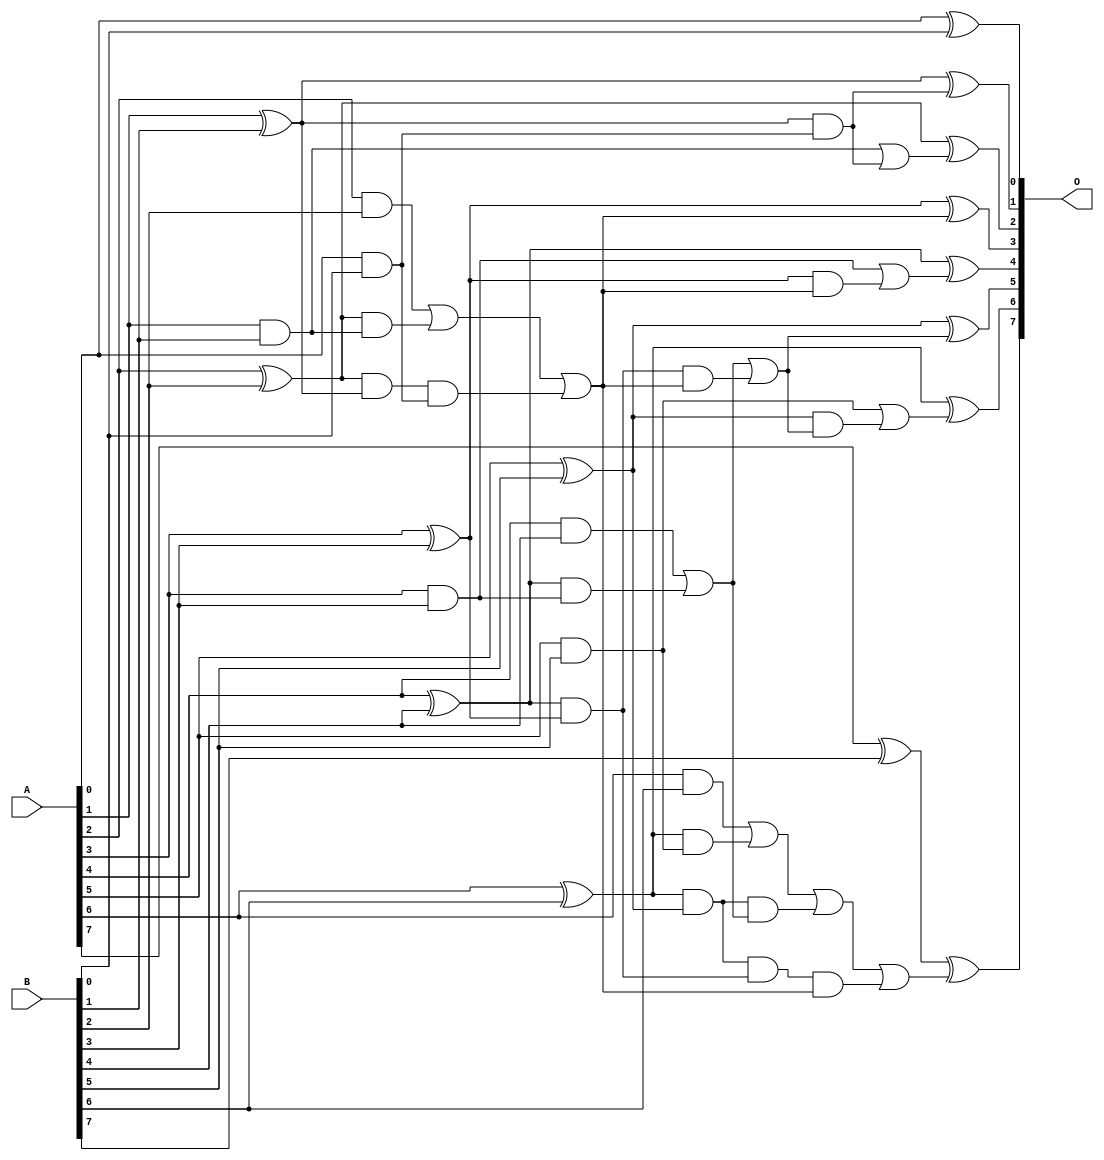
// This program was cloned from: https://github.com/ehw-fit/evoapproxlib
// License: MIT License

/***
* This code is a part of EvoApproxLib library (ehw.fit.vutbr.cz/approxlib) distributed under The MIT License.
* When used, please cite the following article(s): V. Mrazek, L. Sekanina, Z. Vasicek "Libraries of Approximate Circuits: Automated Design and Application in CNN Accelerators" IEEE Journal on Emerging and Selected Topics in Circuits and Systems, Vol 10, No 4, 2020 
* This file contains a circuit from a sub-set of pareto optimal circuits with respect to the pwr and mae parameters
***/
// MAE% = 0.16 %
// MAE = 0.2 
// WCE% = 1.56 %
// WCE = 2.0 
// WCRE% = 100.00 %
// EP% = 12.50 %
// MRE% = 1.29 %
// MSE = 0.5 
// PDK45_PWR = 0.033 mW
// PDK45_AREA = 74.1 um2
// PDK45_DELAY = 0.62 ns

module add8s_83N (
    A,
    B,
    O
);

input [7:0] A;
input [7:0] B;
output [7:0] O;

wire sig_16,sig_17,sig_18,sig_19,sig_20,sig_21,sig_22,sig_23,sig_24,sig_25,sig_26,sig_27,sig_28,sig_29,sig_30,sig_31,sig_32,sig_33,sig_34,sig_35;
wire sig_36,sig_37,sig_38,sig_39,sig_40,sig_41,sig_42,sig_43,sig_44,sig_45,sig_46,sig_47,sig_48,sig_49,sig_50,sig_51,sig_52,sig_53,sig_54,sig_55;
wire sig_56,sig_57,sig_58,sig_59,sig_60,sig_61;

assign sig_16 = A[0] & B[0];
assign sig_17 = A[0] ^ B[0];
assign sig_18 = A[1] & B[1];
assign sig_19 = A[1] ^ B[1];
assign sig_20 = A[2] & B[2];
assign sig_21 = A[2] ^ B[2];
assign sig_22 = A[3] & B[3];
assign sig_23 = A[3] ^ B[3];
assign sig_24 = A[4] & B[4];
assign sig_25 = A[4] ^ B[4];
assign sig_26 = A[5] & B[5];
assign sig_27 = A[5] ^ B[5];
assign sig_28 = A[6] & B[6];
assign sig_29 = A[6] ^ B[6];
assign sig_30 = A[7] ^ B[7];
assign sig_31 = sig_21 & sig_18;
assign sig_32 = sig_21 & sig_19;
assign sig_33 = sig_20 | sig_31;
assign sig_34 = sig_25 & sig_22;
assign sig_35 = sig_25 & sig_23;
assign sig_36 = sig_24 | sig_34;
assign sig_37 = sig_29 & sig_26;
assign sig_38 = sig_29 & sig_27;
assign sig_39 = sig_28 | sig_37;
assign sig_40 = sig_32 & sig_16;
assign sig_41 = sig_33 | sig_40;
assign sig_42 = sig_38 & sig_36;
assign sig_43 = sig_38 & sig_35;
assign sig_44 = sig_39 | sig_42;
assign sig_45 = sig_43 & sig_41;
assign sig_46 = sig_44 | sig_45;
assign sig_47 = sig_35 & sig_41;
assign sig_48 = sig_36 | sig_47;
assign sig_49 = sig_19 & sig_16;
assign sig_50 = sig_18 | sig_49;
assign sig_51 = sig_23 & sig_41;
assign sig_52 = sig_22 | sig_51;
assign sig_53 = sig_27 & sig_48;
assign sig_54 = sig_26 | sig_53;
assign sig_55 = sig_19 ^ sig_49;
assign sig_56 = sig_21 ^ sig_50;
assign sig_57 = sig_23 ^ sig_41;
assign sig_58 = sig_25 ^ sig_52;
assign sig_59 = sig_27 ^ sig_48;
assign sig_60 = sig_29 ^ sig_54;
assign sig_61 = sig_30 ^ sig_46;

assign O[7] = sig_61;
assign O[6] = sig_60;
assign O[5] = sig_59;
assign O[4] = sig_58;
assign O[3] = sig_57;
assign O[2] = sig_56;
assign O[1] = sig_55;
assign O[0] = sig_17;

endmodule